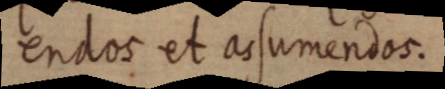
endos et assumendos.